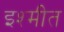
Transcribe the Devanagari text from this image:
इश्मीत